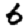
Digit: 6